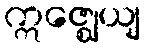
ဣဇ္ဈေယျ